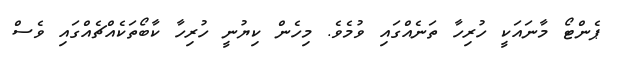
ޕެންޓޯ މާނައަކީ ހުރިހާ ތަނެއްގައި ވުމެވެ. މިހެން ކިޔުނީ ހުރިހާ ކާބޯތަކެއްޗެއްގައި ވެސް